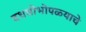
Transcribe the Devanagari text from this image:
दधधीभोपळ्याचे